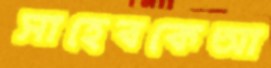
সাহেবকেআ